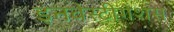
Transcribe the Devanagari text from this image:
इनवेस्टीगेशंस